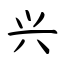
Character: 兴